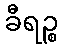
ခီရဉ္စ